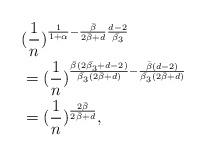
LaTeX: \begin{align*}{}&(\frac{1}{n})^{\frac{1}{1 + \alpha} - \frac{\bar{\beta}}{2 \bar{\beta} + d} \frac{d-2}{\bar{\beta_3}}} \\& = (\frac{1}{n})^{\frac{\bar{\beta}(2 \bar{\beta_3} + d - 2)}{\bar{\beta_3}(2 \bar{\beta} + d)} - \frac{\bar{\beta}(d-2)}{\bar{\beta_3}(2 \bar{\beta} + d)}} \\& = (\frac{1}{n})^{\frac{2 \bar{\beta}}{2 \bar{\beta} + d}}, \end{align*}